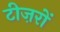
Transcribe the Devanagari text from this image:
टीज़रों